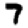
Digit: 7